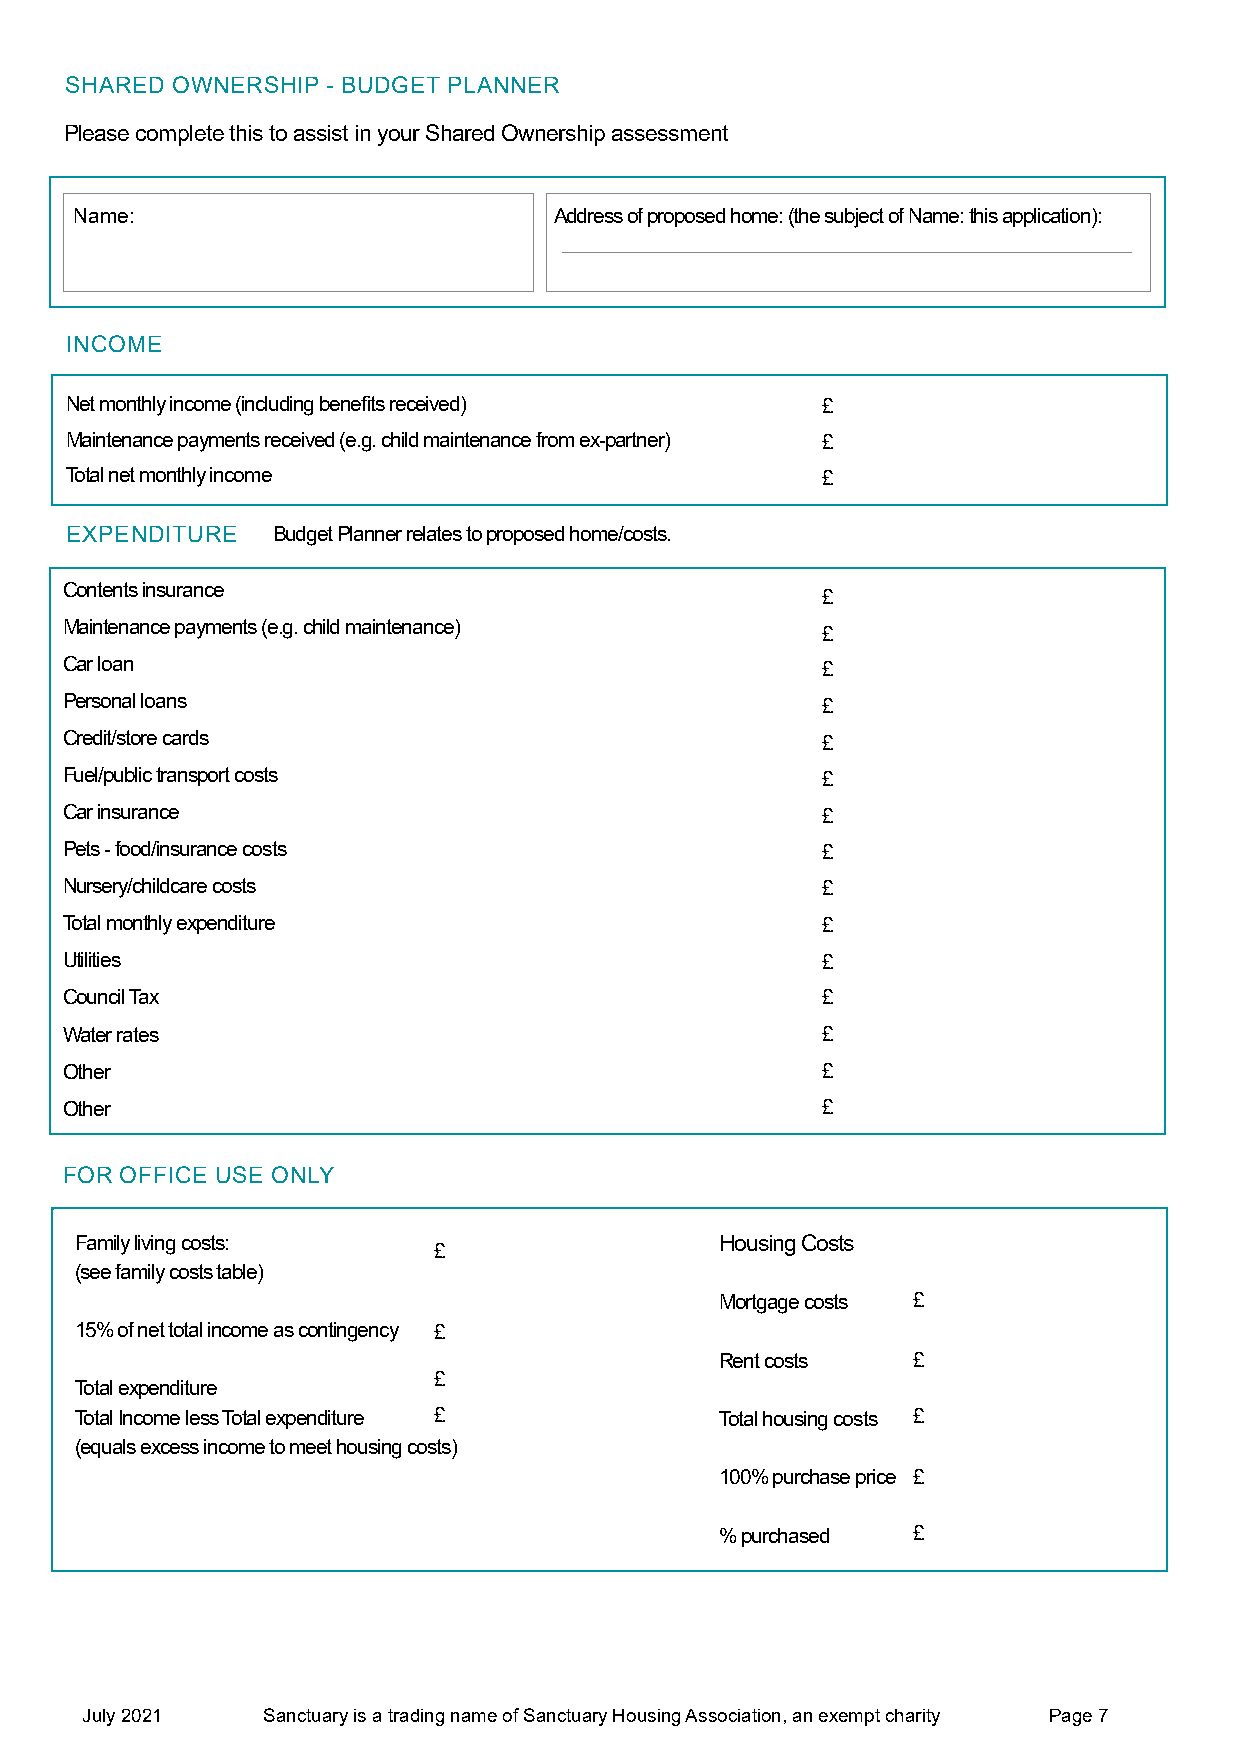
SHARED OWNERSHIP  - BUDGET PLANNER
 Please complete this to assist in your Shared Ownership assessment
 Name:                           Address of proposed home: (the subject of Name: this application):
 INCOME
 Net monthly income (including benefits received)  £
 Maintenance payments received (e.g. child maintenance from ex-partner) £
 Total net monthly income                          £
 EXPENDITURE   Budget Planner relates to proposed home/costs.
 Contents insurance
 £
 Maintenance payments (e.g. child maintenance)
 £
 Car loan                                          £
 Personal loans                                    £
 Credit/store cards                                £
 Fuel/public transport costs                       £
 Car insurance                                     £
 Pets - food/insurance costs                       £
 Nursery/childcare costs                           £
 Total monthly expenditure                         £
 Utilities                                         £
 Council Tax                                       £
 Water rates                                       £
 Other                                             £
 Other                                             £
 FOR OFFICE USE ONLY
 Family living costs:                       Housing Costs
 £
 (see family costs table)
 Mortgage costs £
 15% of net total income as contingency £
 Rent costs  £
 £
 Total expenditure
 Total Income less Total expenditure £      Total housing costs £
 (equals excess income to meet housing costs)
 100% purchase price £
 % purchased £
 July 2021   Sanctuary is a trading name of Sanctuary Housing Association, an exempt charity Page 7